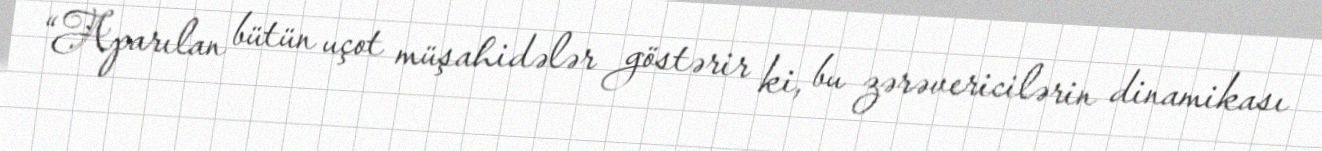
“Aparılan bütün uçot müşahidələr göstərir ki, bu zərəvericilərin dinamikası